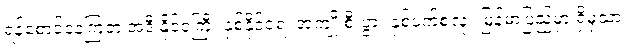
ရန်စောင်နေကြတဲ့ အဲဒီ နိုင်ငံကြီး နှစ်နိုင်ငံရဲ့ အကျိုးစီးပွား နှစ်ဖက်စလုံး မြန်မာပြည်မှာ ရှိမှသာ